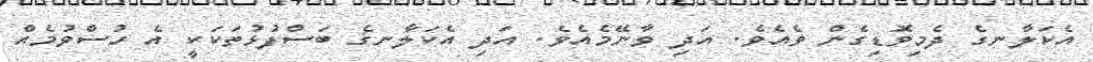
އެކަލާނގެ ދެމިވޮޑިގެން ވެއެވެ. އަދި ވާނޭމެއެވެ. އަދި އެކަލާނގެ ބަސްފުޅުތަކަކީ އެ ހުސްވުމެއް